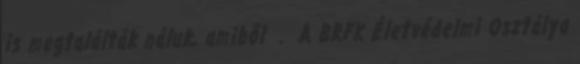
is megtalálták náluk, amiből . A BRFK Életvédelmi Osztálya